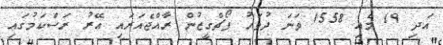
އަދި 19 މެއި 1558 ވަނަ ދުވަހު ޕޯޗްގީޒުން ރާއްޖެއަރައި އޭރު ރަސްކަމުގައި